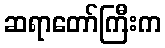
ဆရာတော်ကြီးက